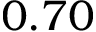
0 . 7 0